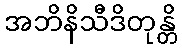
အဘိနိသီဒိတုန္တိ